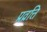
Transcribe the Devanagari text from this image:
प्रव्रत्ति